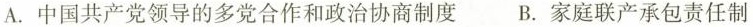
A.中国共产党领导的多党合作和政治协商制度 B.家庭联产承包责任制